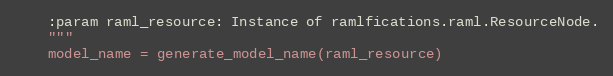
Language: Python
    :param raml_resource: Instance of ramlfications.raml.ResourceNode.
    """
    model_name = generate_model_name(raml_resource)